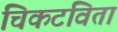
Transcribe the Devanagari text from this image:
चिकटविता